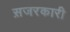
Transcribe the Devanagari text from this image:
स़जरकारी